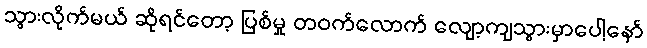
သွားလိုက်မယ် ဆိုရင်တော့ ပြစ်မှု တဝက်လောက် လျော့ကျသွားမှာပေါ့နော်